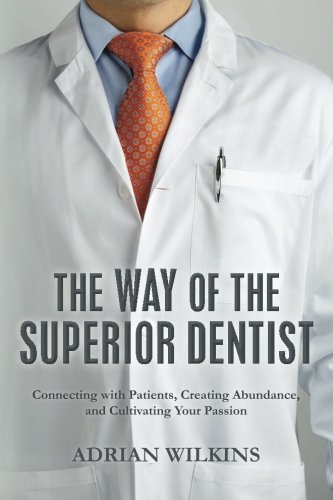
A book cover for The Way of the Superior Dentist: Connecting with Patients, Creating Abundance, and Cultivating your Passion; Adrian Wilkins; Medical Books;